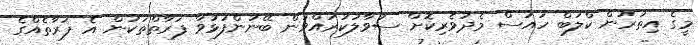
މީގެ އިތުރުން ކްލަބް ހައުސް މެދުވެރިކޮށް ސުވާލުކުރައްވަން ބޭނުންފުޅުވާ ފަރާތްތަކުން އެ ފަރާތެއްގެ